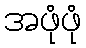
အဖုံဖုံ